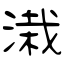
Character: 溨